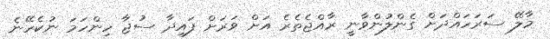
މާލޭ ސަރަހައްދަށް ގެންލުންވާނީ ރާއްޖެތެރެ އަށް ވަރަށް ފައިދާ ސުޖާ ހިންހަމަ ނުކެހޭނެ